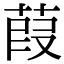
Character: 葭